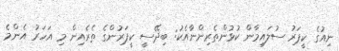
ނިއުގެ ކީޕަރު ސުލައިމާން ކުޅުންތެރިންނާއެކު: ބިދޭސީ ކީޕަރުންގެ ތެރެއިން މި އަހަރު އެންމެ